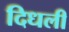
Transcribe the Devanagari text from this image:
दिधली